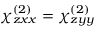
\chi _ { z x x } ^ { ( 2 ) } = \chi _ { z y y } ^ { ( 2 ) }